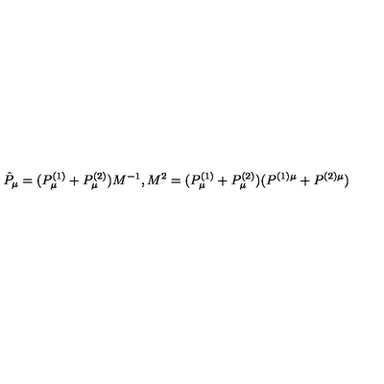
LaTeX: \hat { P } _ { \mu } = ( { P } _ { \mu } ^ { ( 1 ) } + { P } _ { \mu } ^ { ( 2 ) } ) M ^ { - 1 } , M ^ { 2 } = ( P _ { \mu } ^ { ( 1 ) } + P _ { \mu } ^ { ( 2 ) } ) ( P ^ { ( 1 ) \mu } + P ^ { ( 2 ) \mu } )